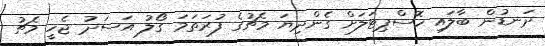
ދަނޑުން ބާލައި ހޮސްޕިޓަލަށް ގެންދިޔަ މެޗުގެ ފުރަތަމަ ގޯލު އަސަދު ޖެހީ މެޗު